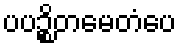
ပပဉ္စိတမေတံပေ